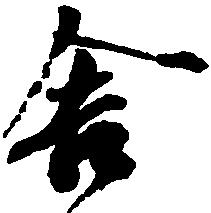
舎